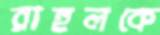
রাহুলকে